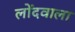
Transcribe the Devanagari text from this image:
लोंदवाला